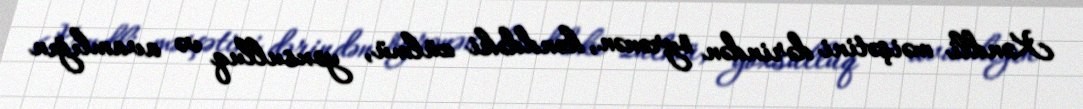
Kəndli məişətini dərindən öyrənən, kənddəki zülmü, yoxsulluq və avamlığın